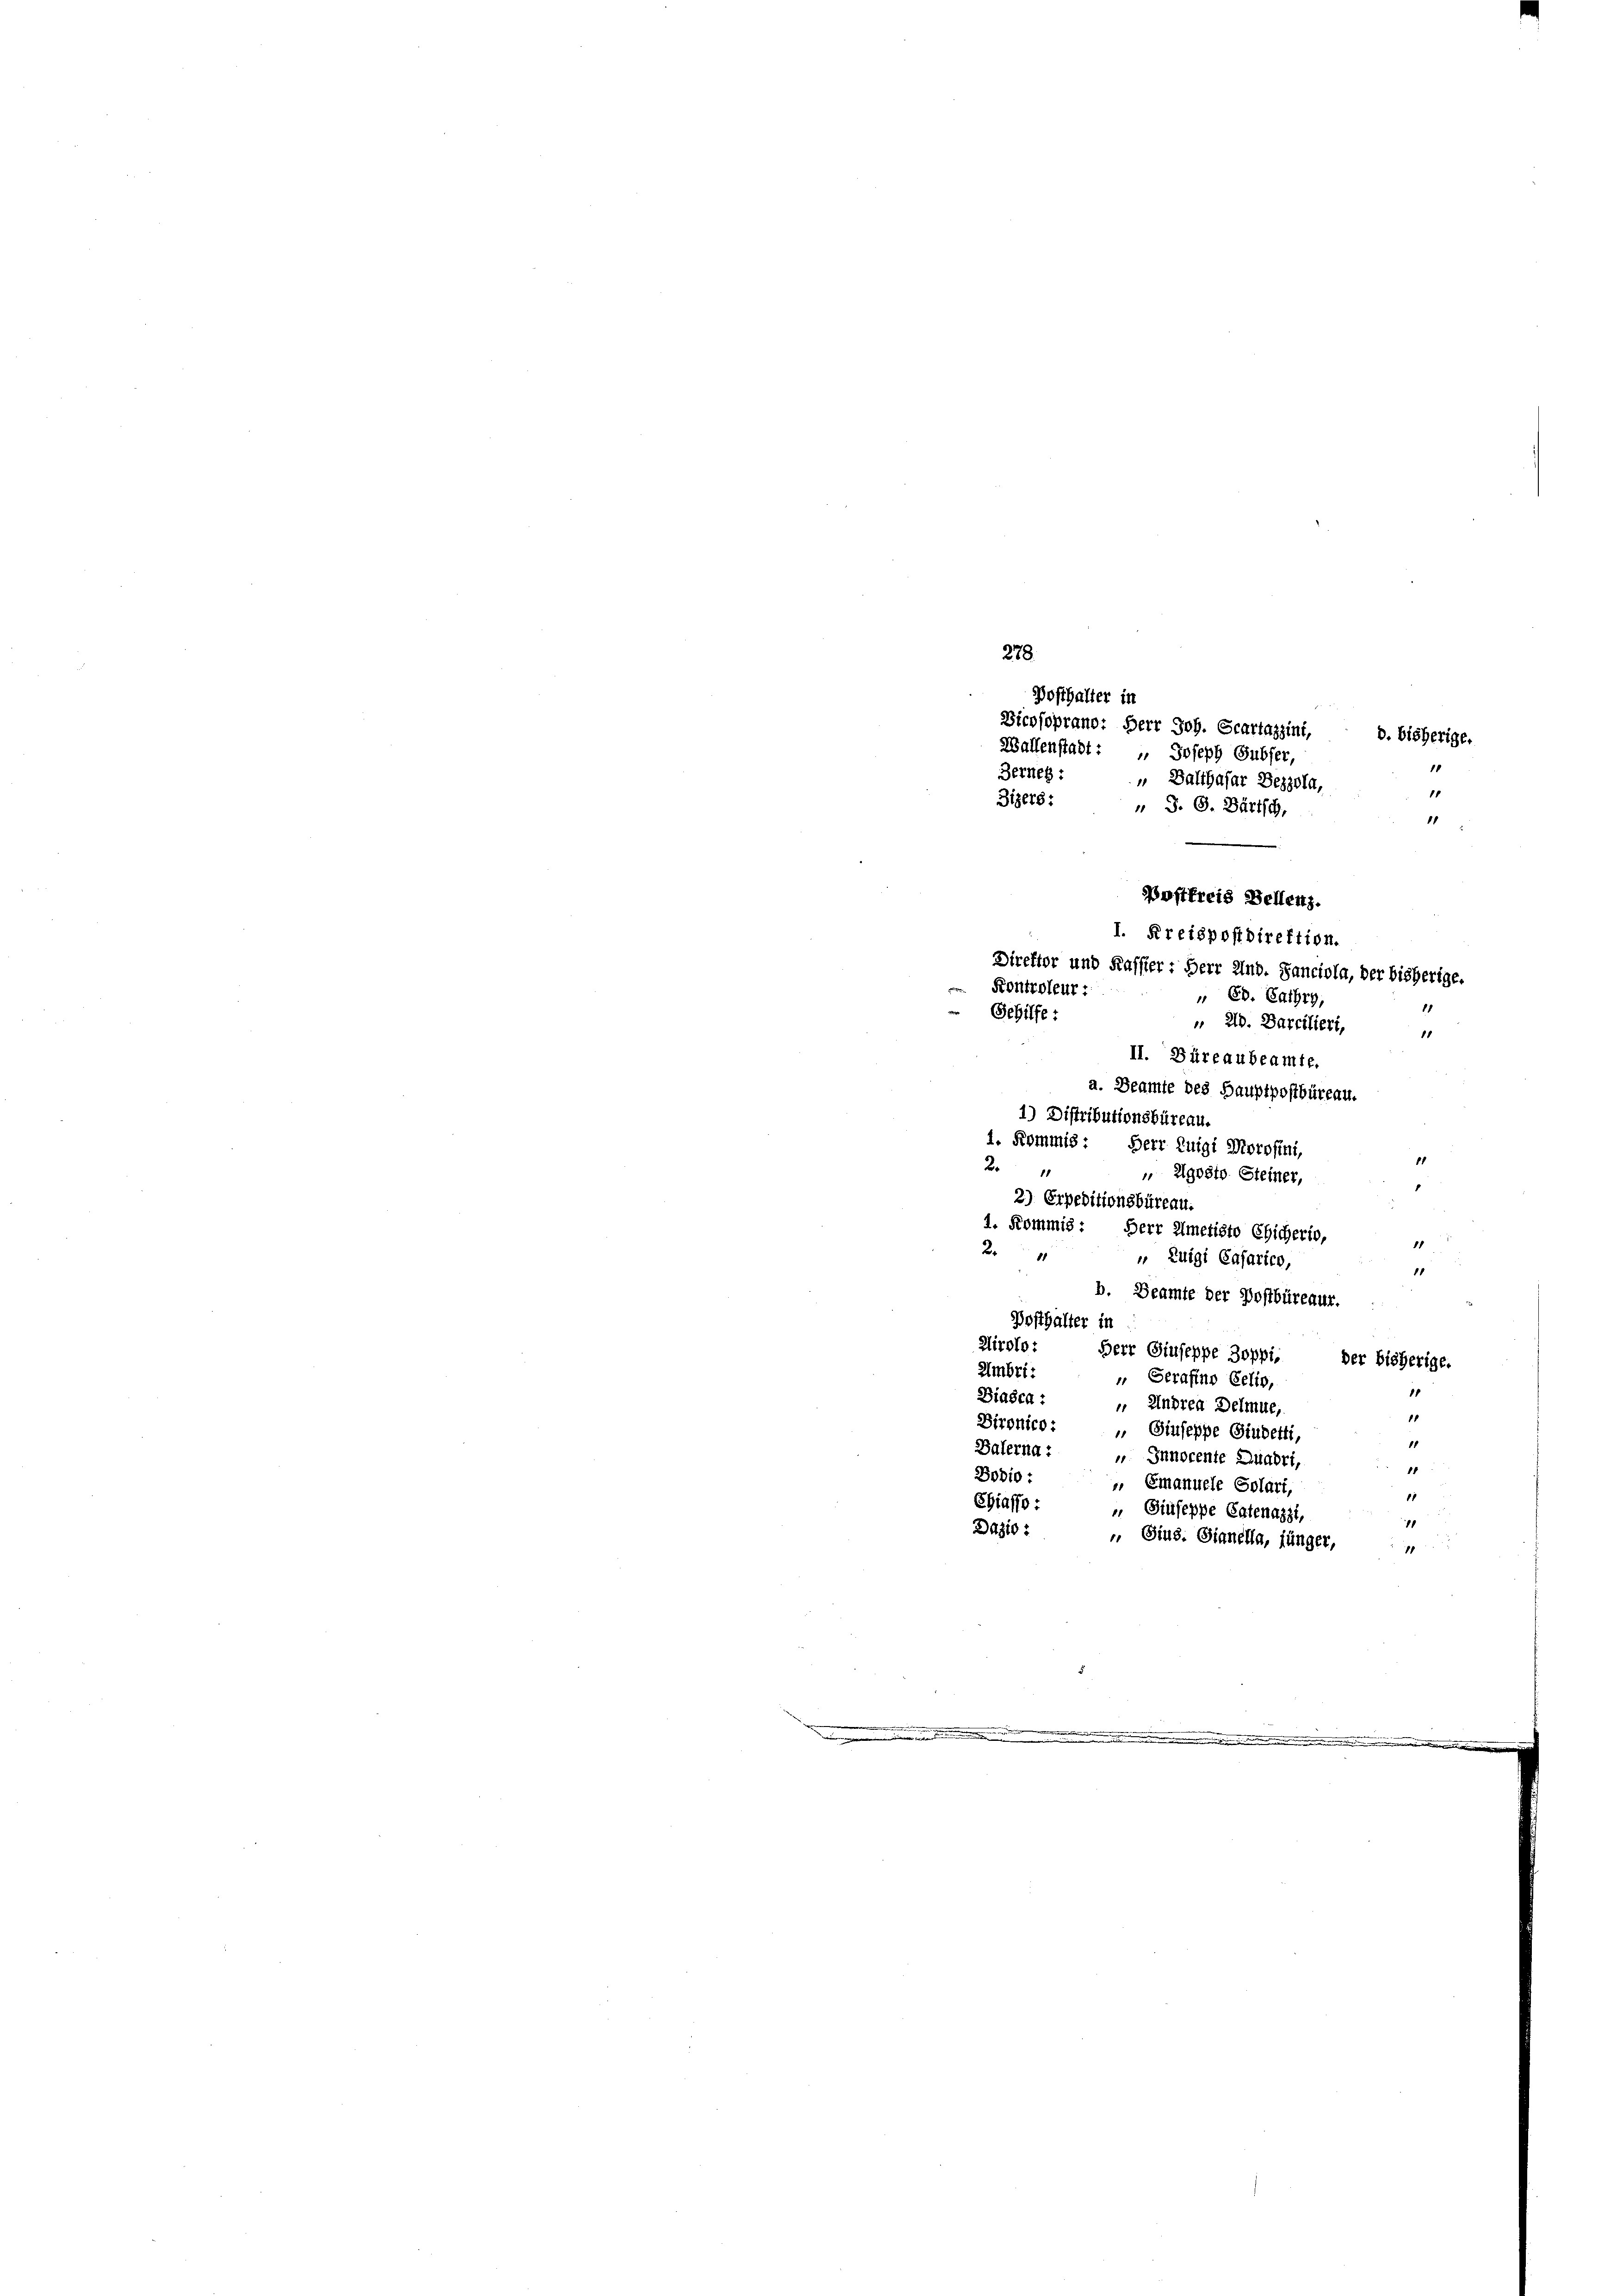
Posthalter in
Dicnsoprand: Herr Joh. Scartazzini,
Wallenstadt: " Joseph Subser,
Berner:
„ Balthasar Bezzola,
Zigers: „ S. G. Bärisch,

278

11
I. Kreispostdirektion.
Direktor und Kassier: Herr And. Sanciola, der bisherige.
Kontroleur:
" Ed. Fahrs,
1
 210. Darcilieri,
18
II. Büreaubeamte.
a. Beamte des Hauptpostbüreau.
1) Distributionsbüreau.
1. Kommis: Herr Luigi Morohini,
2
 Agosto Steiner,
2) Erpeditionsbüreau.
1. Kommis: Herr Ameristo Eicherio,
2
„ Luigi Cafarico,
11
b. Beamte der Postbüreaur.
Bosthalter in
Airolo: Herr Giuseppe Boppi,
der bisherige.
Umbri-
" Serafino Gelio,
1
Biasca : „Andrea Delmue,
1
Dironico: „ Giuseppe Studenti
11
Balerna : „Innocente Quadri,
11
Bodio: „ Emanuele Solari,
11
Chiasso: „ Giuseppe Catenazzi,
1
Dazio: „ Gius. Sinnella, jünger,
1

Gehilfe:

Postfreis Bellenz.

.

d. bisherige.
1

11